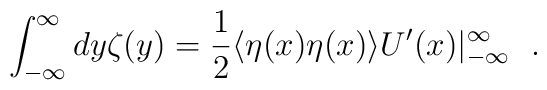
\int_{-\infty}^{\infty}dy\zeta(y) =\frac{1}{2}\langle\eta(x)\eta(x)\rangle U^\prime(x) |_{-\infty}^\infty\ \ .